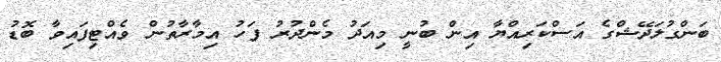
ބަންގުލަދޭޝްގެ އަސްކަރިއްޔާ އިން ބުނީ މިއަދު މެންދުރު ފަހު އިމާރާތުން ވެއްޓިފައިވާ ބޮޑު